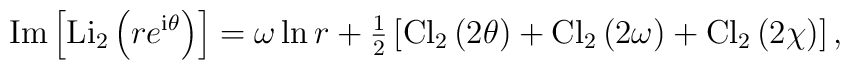
\mbox{Im}\left[ \mbox{Li}_2\left(r e^{{\mbox{\scriptsize{i}}}\theta}\right) \right]= \omega \ln r + {\textstyle{1\over2}} \left[\mbox{Cl}_2\left(2\theta\right)+\mbox{Cl}_2\left(2\omega\right)+\mbox{Cl}_2\left(2\chi\right) \right],